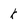
Character: k